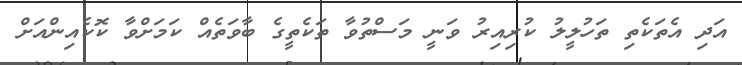
އަދި އެތަކެތި ތަހުލީލު ކުރިއިރު ވަނީ މަސްތުވާ ތަކެތީގެ ބާވަތެއް ކަމަށްވާ ކޮކެއިންއަށް